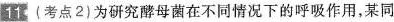
读数最可能是( )。